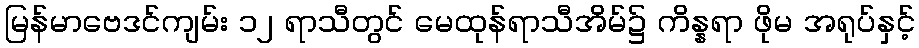
မြန်မာဗေဒင်ကျမ်း ၁၂ ရာသီတွင် မေထုန်ရာသီအိမ်၌ ကိန္နရာ ဖိုမ အရုပ်နှင့်